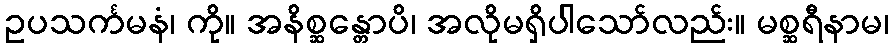
ဥပသင်္ကမနံ၊ ကို။ အနိစ္ဆန္တောပိ၊ အလိုမရှိပါသော်လည်း။ မစ္ဆရီနာမ၊